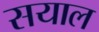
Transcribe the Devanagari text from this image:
सयाल